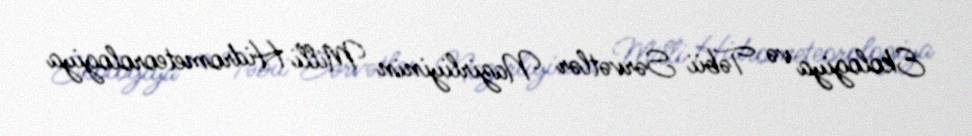
Ekologiya və Təbii Sərvətlər Nazirliyinin Milli Hidrometeorologiya